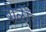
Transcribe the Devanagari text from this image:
बोळींज